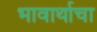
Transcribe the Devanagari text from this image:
भावार्थाचा